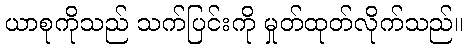
ယာစုကိုသည် သက်ပြင်းကို မှုတ်ထုတ်လိုက်သည်။